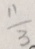
\frac { 1 1 } { 3 }